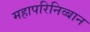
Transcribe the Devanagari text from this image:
महापरिनिव्बान